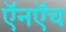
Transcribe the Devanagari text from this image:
ऍनऍच